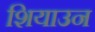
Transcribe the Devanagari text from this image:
शियाउन